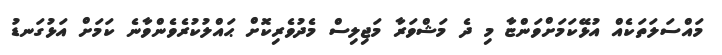
މައްސަލަތަކެއް އުޅޭކަމަށްވަންޏާ މި ދެ މަޝްވަރާ މަޖިލިސް މެދުވެރިކޮށް ޙައްލުކުރެވެންވާނެ ކަމަށް އަޅުގަނޑު